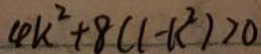
4 k ^ { 2 } + 8 ( 1 - k ^ { 2 } ) > 0